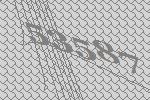
53587